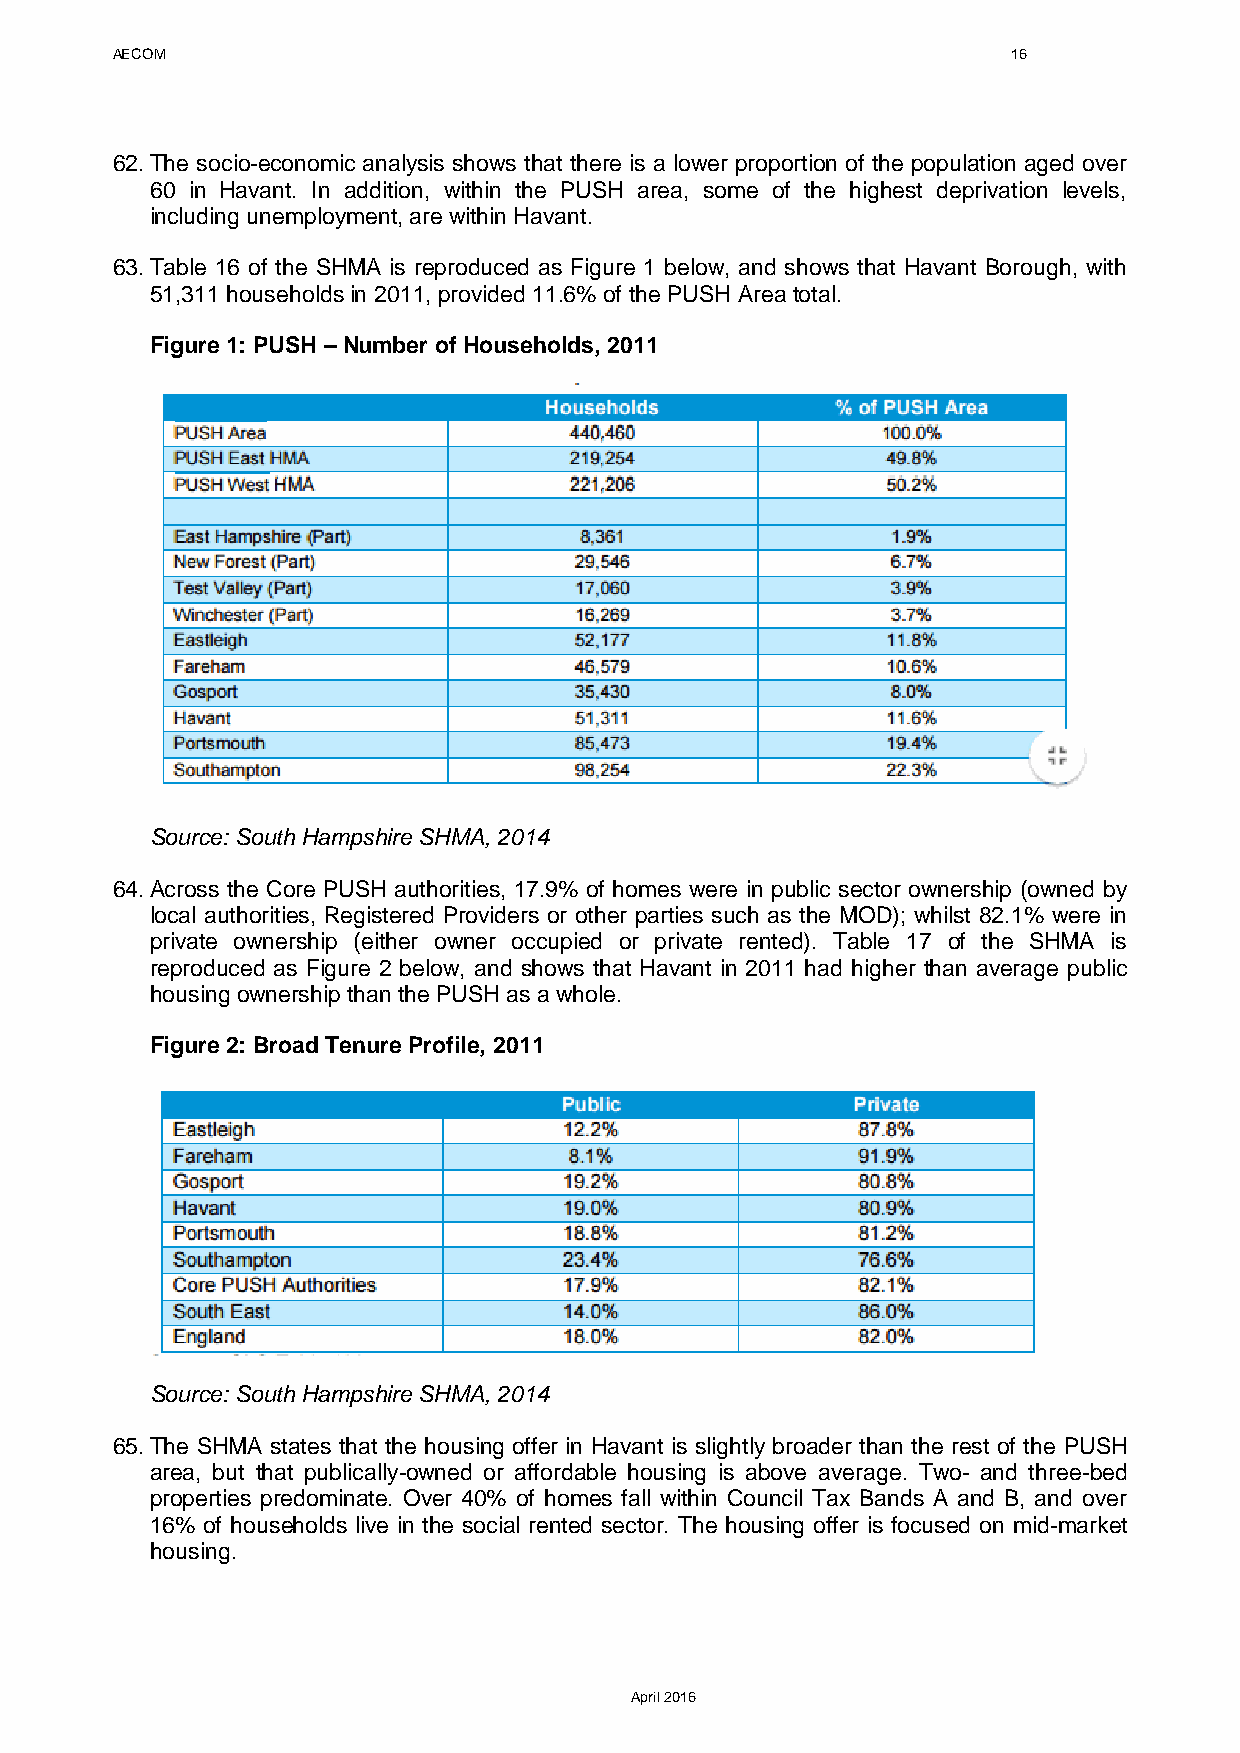
AECOM                                                       16
 62. The socio-economic analysis shows that there is a lower proportion of the population aged over
 60 in Havant. In addition, within the PUSH area, some of the highest deprivation levels,
 including unemployment, are within Havant.
 63. Table 16 of the SHMA is reproduced as Figure 1 below, and shows that Havant Borough, with
 51,311 households in 2011, provided 11.6% of the PUSH Area total.
 Figure 1: PUSH – Number of Households, 2011
 Source: South Hampshire SHMA, 2014
 64. Across the Core PUSH authorities, 17.9% of homes were in public sector ownership (owned by
 local authorities, Registered Providers or other parties such as the MOD); whilst 82.1% were in
 private ownership (either owner occupied or private rented). Table 17 of the SHMA is
 reproduced as Figure 2 below, and shows that Havant in 2011 had higher than average public
 housing ownership than the PUSH as a whole.
 Figure 2: Broad Tenure Profile, 2011
 Source: South Hampshire SHMA, 2014
 65. The SHMA states that the housing offer in Havant is slightly broader than the rest of the PUSH
 area, but that publically-owned or affordable housing is above average. Two- and three-bed
 properties predominate. Over 40% of homes fall within Council Tax Bands A and B, and over
 16% of households live in the social rented sector. The housing offer is focused on mid-market
 housing.
 April 2016